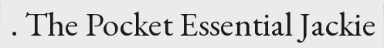
. The Pocket Essential Jackie